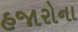
હજારોના